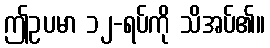
ဤဥပမာ ၁၂-ရပ်ကို သိအပ်၏။